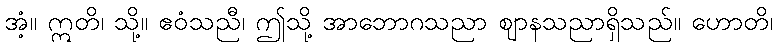
အံ့။ ဣတိ၊ သို့။ ဧဝံသညီ၊ ဤသို့ အာဘောဂသညာ ဈာနသညာရှိသည်။ ဟောတိ၊